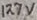
Text: 127V